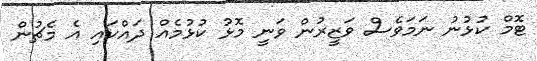
ޓޮމް ކުޅުނު ނަމަވެސް ވަޒީރުން ވަނީ މޮޅު ކުޅުމެއް ދައްކައި އެ މެޗުން